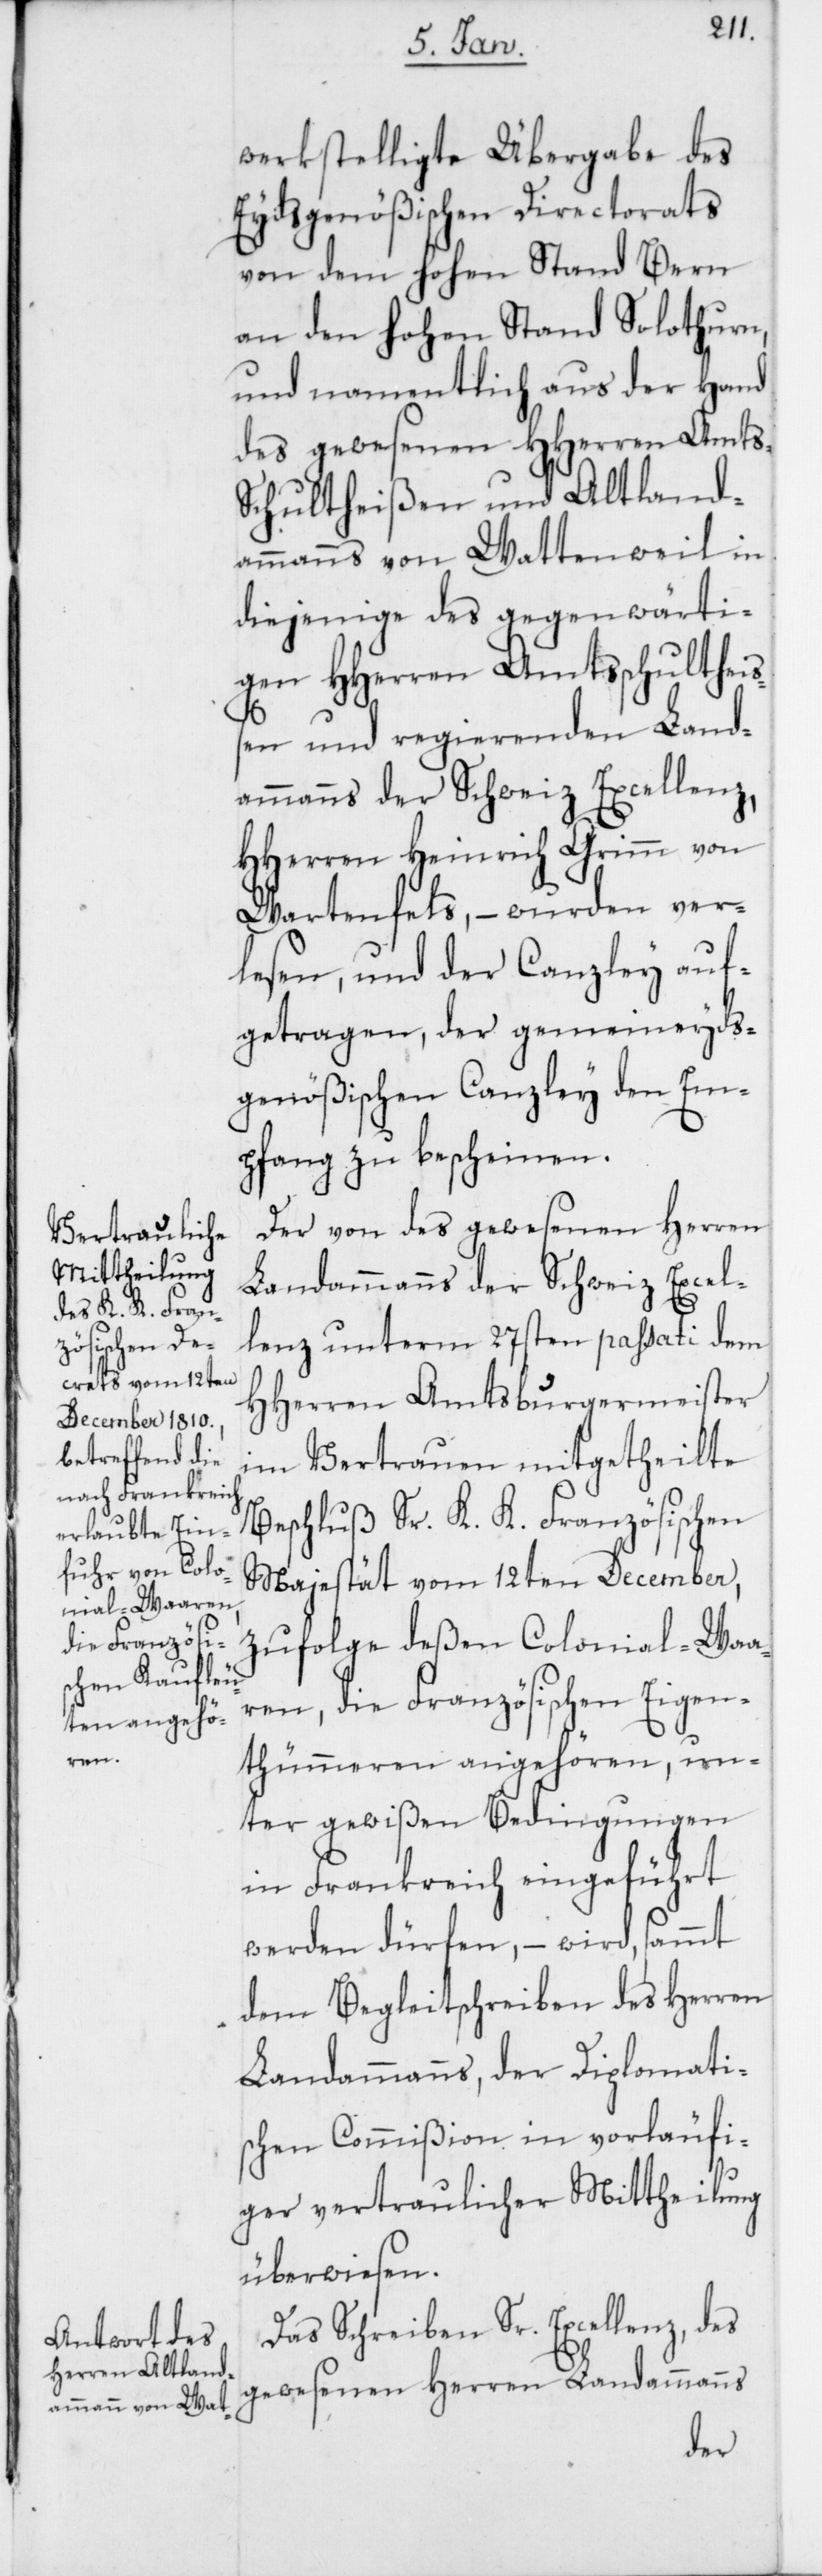
werkstelligte Übergabe des
Eydsgenößischen Directorats
von dem Hohen Stand Bern
an den Hohen Stand Solothurn,
und namentlich aus der Hand
des gewesenen HHerren Amts-S¬
chultheißen und Altland¬
ammanns von Wattenweil in
diejenige des gegenwärti¬
gen HHerren Amtschulthei¬
ßen und regierenden Land¬
ammanns der Schweiz Excellenz,
HHerren Heinrich Grimm von
Wartenfels, – wurden ver¬
lesen, und der Canzley auf¬
getragen, der gemeineyds¬
genößischen Canzley den Em¬
pfang zu bescheinen.
Der von des gewesenen Herren
Landammanns der Schweiz Excel¬
lenz unterm 27sten passati dem
HHerren Amtsburgermeister
im Vertrauen mitgetheilte
Beschluß Sr. K. K. Französischen
Majestät vom 12ten December,
zufolge deßen Colonial-Waa¬
ren, die Französischen Eigen¬
thümeren angehören, un¬
ter gewißen Bedingungen
in Frankreich eingeführt
werden dürfen, – wird, sammt
dem Begleitschreiben des Herren
Landammanns, der Diplomati¬
schen Commißion in vorläufi¬
ger vertraulicher Mittheilung
überwiesen.
Das Schreiben Sr. Excellenz, des
gewesenen Herren Landammanns